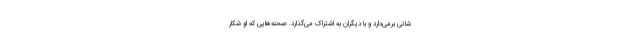
شاتی برمی‌دارد و با دیگران به اشتراک می‌گذارد. صحنه‌هایی که او شکار